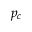
p _ { c }